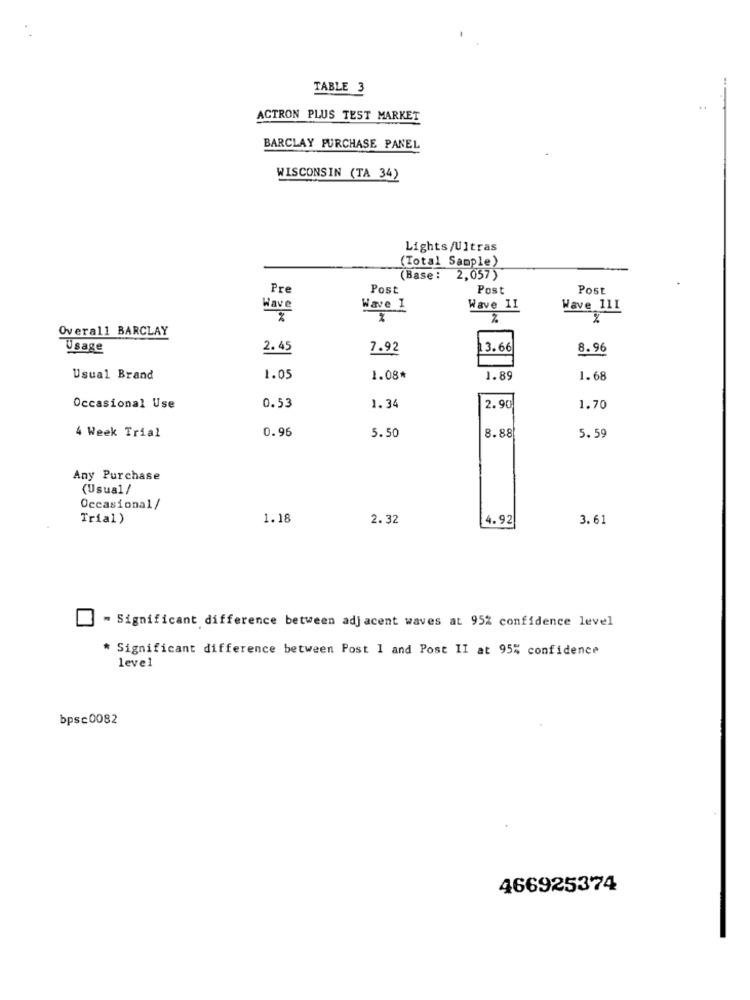
TABLE 3
ACTRON PLUS TEST MARKET
BARCLAY PURCHASE PANEL
WISCONSIN (TA 34)
Lights/Ultras
(Total Sample)
Base :
2,057)
Pre
Post
Post
Post
Wave
Wave 1
Wave II
Wave 111
Overall BARCLAY
Usage
2.45
7.92
13.66
8.96
Usual Brand
1.05
1.08*
1.89
1.68
0.53
Occasional Use
1.34
2.90
1.70
0.96
8.88
4 Week Trial
5.50
5.59
Any Purchase
(Usual/
Occasional/
Trial)
1.18
2.32
4.92
3.61
- Significant difference between adjacent waves at 95% confidence level
* Significant difference between Post 1 and Post II at 95% confidence
level
bpsc0082
466925374